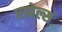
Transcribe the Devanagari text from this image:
रावेल्स